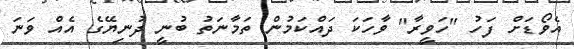
އެވޯޑަށް ފަހު "ހަވީރާ" ވާހަކަ ދައްކަމުން ތަމާނަތު ބުނީ ދުނިޔޭގެ އެއް ވަނަ